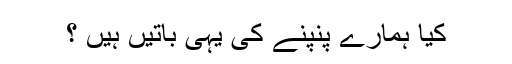
کیا ہمارے پنپنے کی یہی باتیں ہیں ؟